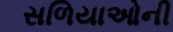
સળિયાઓની